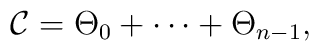
{\cal C} =\Theta_0 + \cdots + \Theta_{n-1},